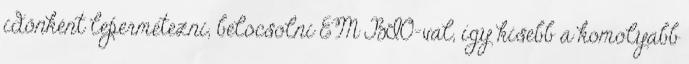
időnként lepermetezni, belocsolni EM BIO-val, így kisebb a komolyabb